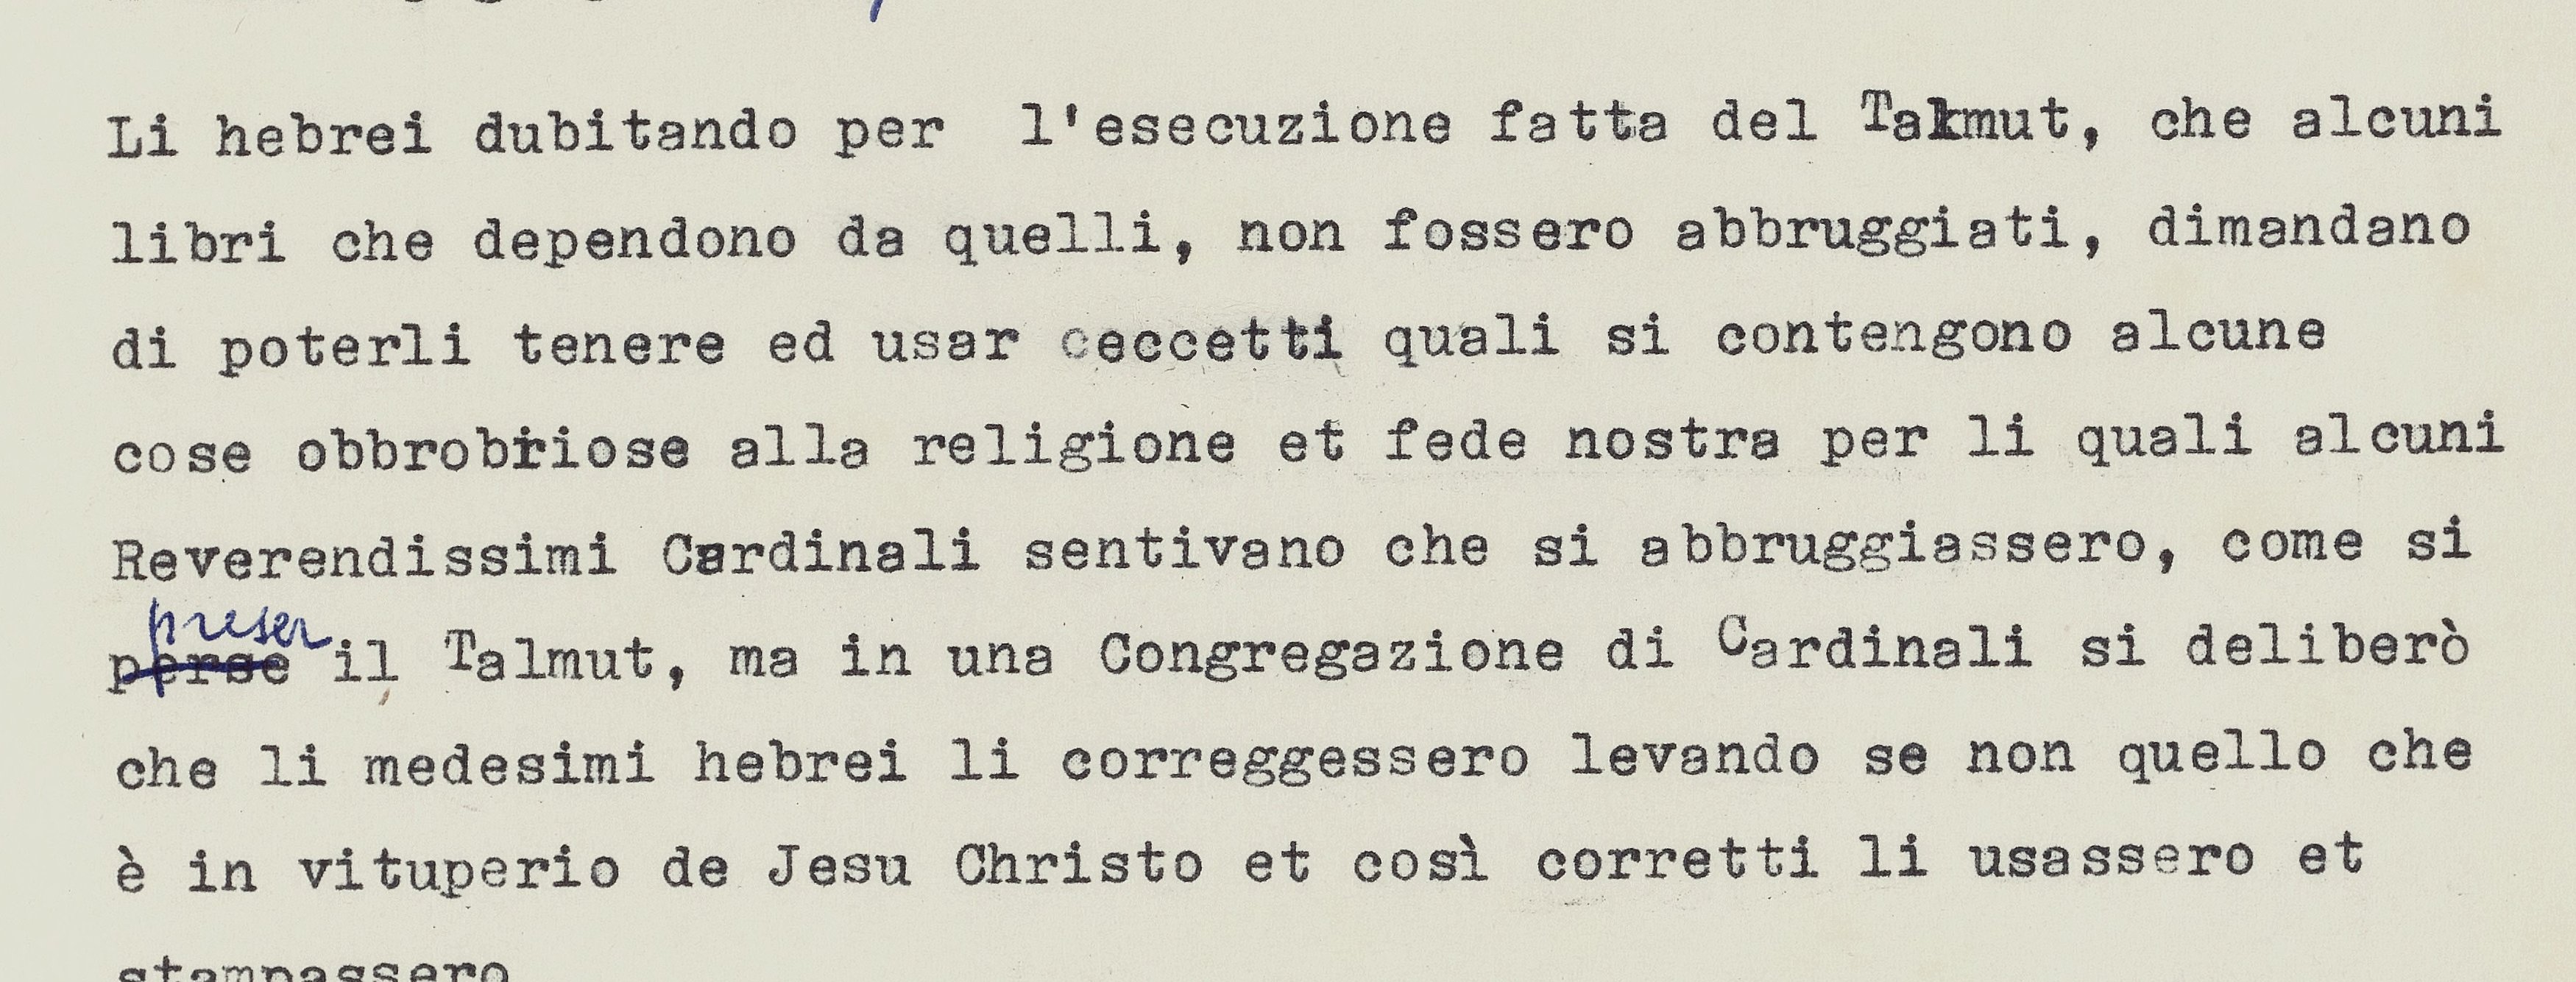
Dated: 1553–1555